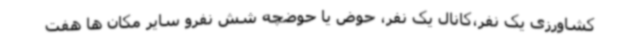
کشاورزی یک نفر،کانال یک نفر، حوض یا حوضچه شش نفرو سایر مکان ها هفت